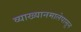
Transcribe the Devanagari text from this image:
व्याख्यानमालेपासून